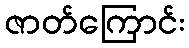
ဇာတ်ကြောင်း